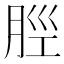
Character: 𫆞